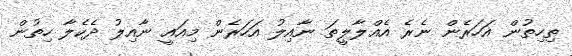
ތިހިތުން އަހަރެން ނެރެ އެއްލާލީތަ ނާއިލު އަހަރެން މިއައީ ނާއިލު ދެކެލާ ހިތުން